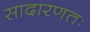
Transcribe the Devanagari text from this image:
सादारणतः